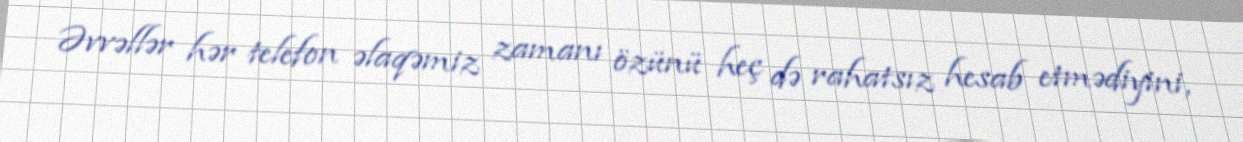
Əvvəllər hər telefon əlaqəmiz zamanı özünü heç də rahatsız hesab etmədiyini,